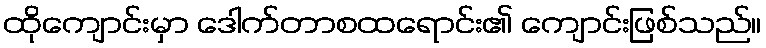
ထိုကျောင်းမှာ ဒေါက်တာစထရောင်း၏ ကျောင်းဖြစ်သည်။